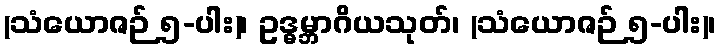
(သံယောဇဉ် ၅-ပါး)၊ ဥဒ္ဓမ္ဘာဂိယသုတ်၊ (သံယောဇဉ် ၅-ပါး)၊